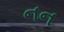
નન